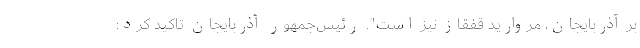
بر آذربایجان، مروارید قفقاز نیز است". رئيس‌جمهور آذربایجان تاکید کرد: